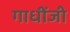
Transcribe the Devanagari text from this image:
गाधींजी